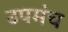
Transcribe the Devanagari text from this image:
उपमंच